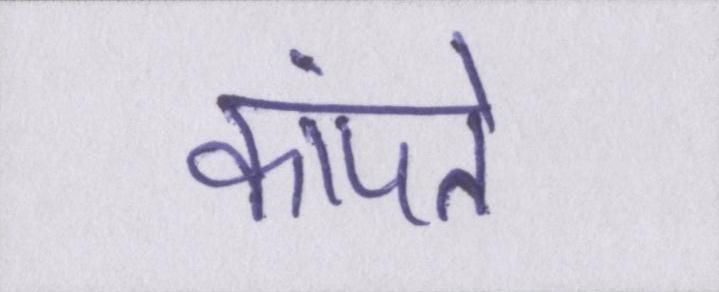
कांपते